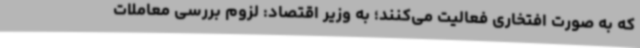
که به صورت افتخاری فعالیت می‌کنند؛ به وزیر اقتصاد: لزوم بررسی معاملات